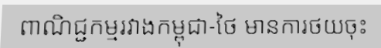
ពាណិជ្ជកម្មរវាងកម្ពុជា-ថៃ មានការថយចុះ